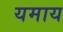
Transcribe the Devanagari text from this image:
यमाय